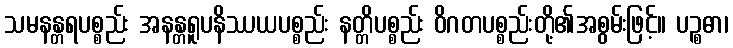
သမနန္တရပစ္စည်း အနန္တရူပနိဿယပစ္စည်း နတ္တိပစ္စည်း ဝိဂတပစ္စည်းတို့၏အစွမ်းဖြင့်။ ပဉ္စဓာ၊